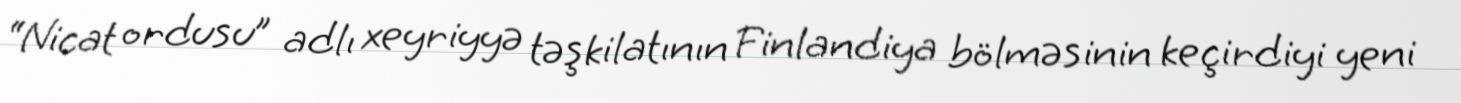
“Nicat ordusu” adlı xeyriyyə təşkilatının Finlandiya bölməsinin keçirdiyi yeni